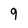
Character: 9